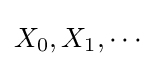
X_{0},X_{1},\cdots